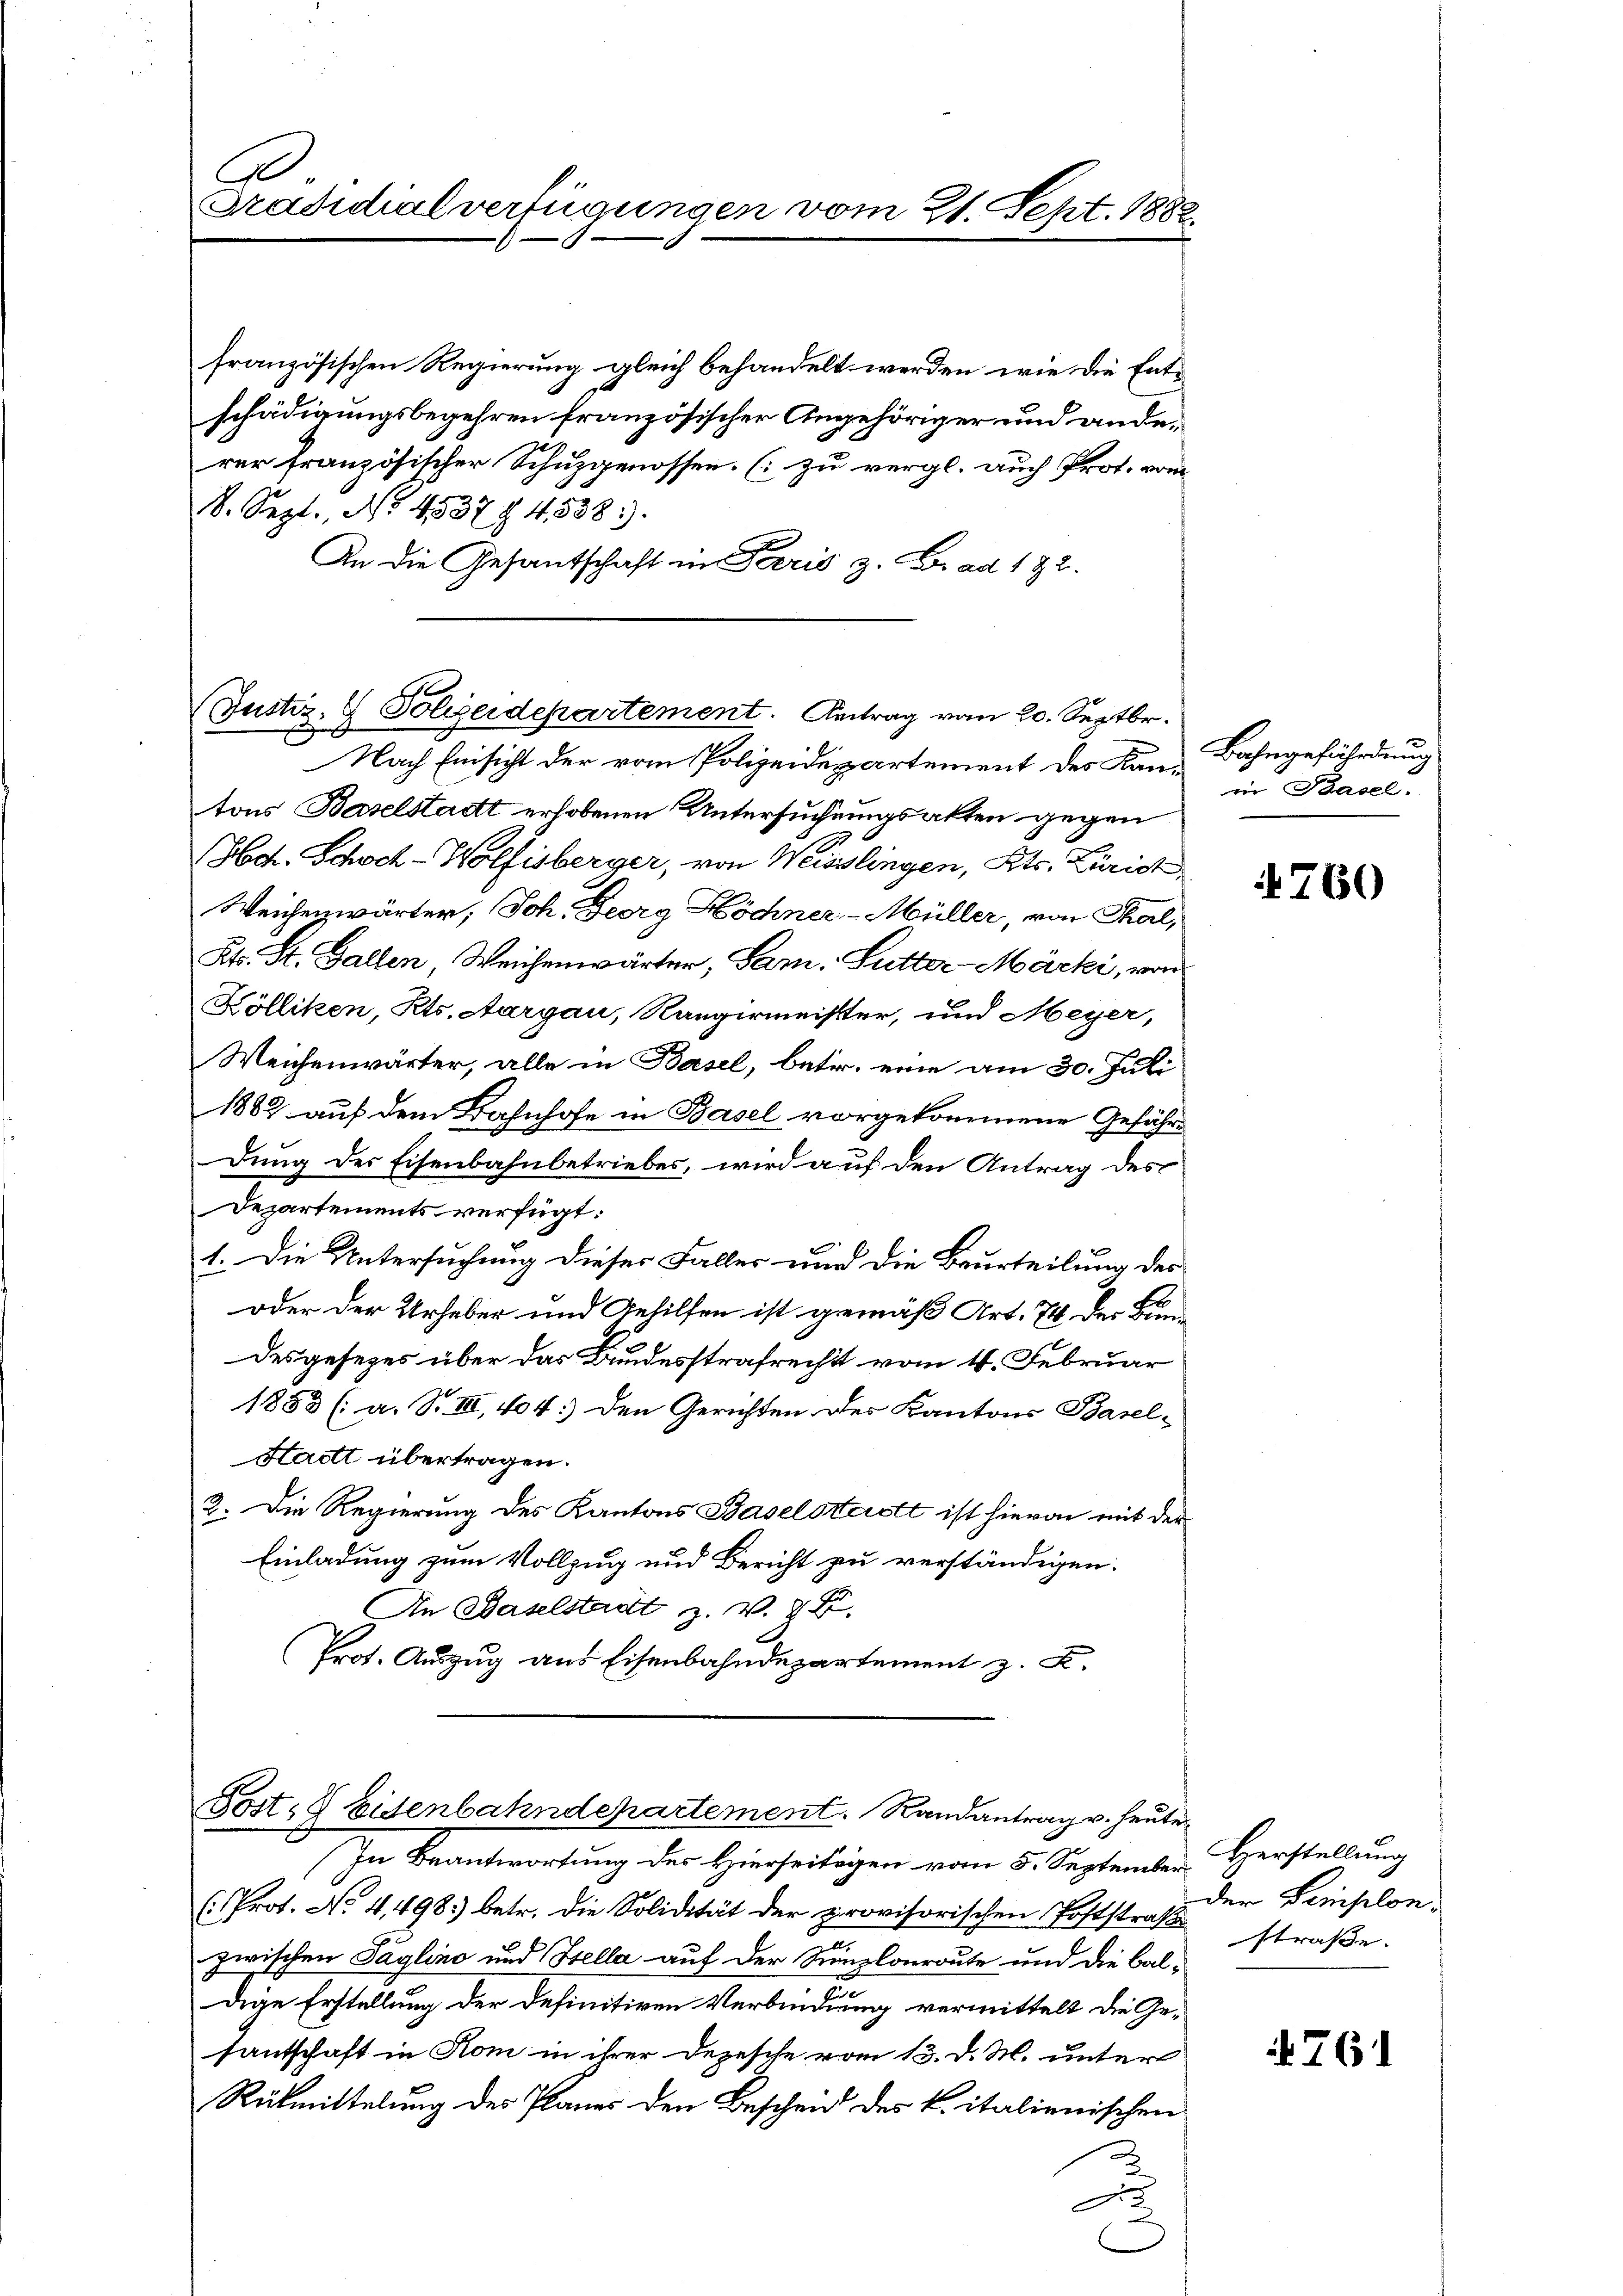
Präsidialverfügungen vom 21. Sept. 188

französischen Regierung gleich behandelt werden, wie die Entschädigungsbegehren französischer Angehöriger und anderer französischer Schuzgenossen. (zu vergl. auch Prot. vom
8. Sept., No. 4537. 4538).
An die Gesantschaft in Paris z. B. ad 122.

Nach Einsicht der vom Polizeidepartement des Kan- Bahngefährdung
tons Baselstadt erhobenen Untersuchungsakten gegen
Hch. Schoch-Wolfisberger, von Weisslingen, Kts. Zürich
Weichenwärter, Joh. Georg Höchner-Müller, von Thal,
Kts. St. Gallen Weichenwärter, Sam. Sutter-Mäcki, von
Kölliken, Kts. Aargau, Rangirmeister, und Meyer,
Weichenwärter, alle in Basel, betr. eine am 30. Juli
1882 auf dem Bahnhofe in Basel vorgekommene Geführe
dung des Eisenbahnbetriebes, wird auf den Antrag des
Departements verfügt:
1. Die Untersuchung dieser Faller und die Beurteilung des
oder der Urheber und Gehilfen ist gemäß Art. 74 der Bundesgesezes über das Bundesstrafrecht vom 4. Februar
1883 (: a. S. III, 404) Den Gerichten des Kantons Basel-
Stadtt übertragen.
2. Die Regierung des Kantons Baselsterst ist hievon mit der
Einladung zum Vollzug und Bericht zu verständigen.
An Baselstadt z. v. 28.
Prot. Auszug aus Eisenbahndepartement z. B.

Justiz- & Polizeidepartement. Antrag vom 20. Septbr.
x

Post- & Eisenbahndepartement. Randantrag v. heute

In Beantwortung des Hierseitigen vom 5. September Herstellung
(. Prot. No 4,498. betr. die Solidität der provisorischen Poststraße straβe.
zwischen Taglino und Stella auf der Sunzlonroute und die Baldige Erstellung der definitiven Verbindung vermittelt die Gesantschaft in Kom in ihrer Depesche vom 13. d. M. unter
Rükmittelung des Planes den Beschend des k. italienischen
F.

in Basel.

760

der Bemplon,

761